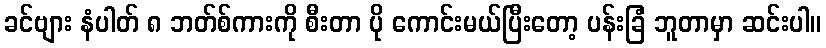
ခင်ဗျား နံပါတ် ၈ ဘတ်စ်ကားကို စီးတာ ပို ကောင်းမယ်ပြီးတော့ ပန်းခြံ ဘူတာမှာ ဆင်းပါ။